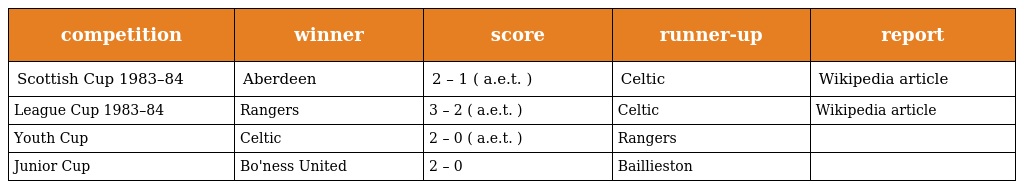
| competition | winner | score | runner-up | report |
 | --- | --- | --- | --- | --- |
 | Scottish Cup 1983–84 | Aberdeen | 2 – 1 ( a.e.t. ) | Celtic | Wikipedia article |
 | League Cup 1983–84 | Rangers | 3 – 2 ( a.e.t. ) | Celtic | Wikipedia article |
 | Youth Cup | Celtic | 2 – 0 ( a.e.t. ) | Rangers |  |
 | Junior Cup | Bo'ness United | 2 – 0 | Baillieston |  |